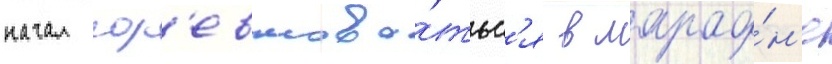
начал сор'евнова́тьс'я в марафо́н'е